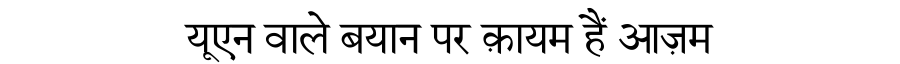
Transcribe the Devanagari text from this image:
यूएन वाले बयान पर क़ायम हैं आज़म